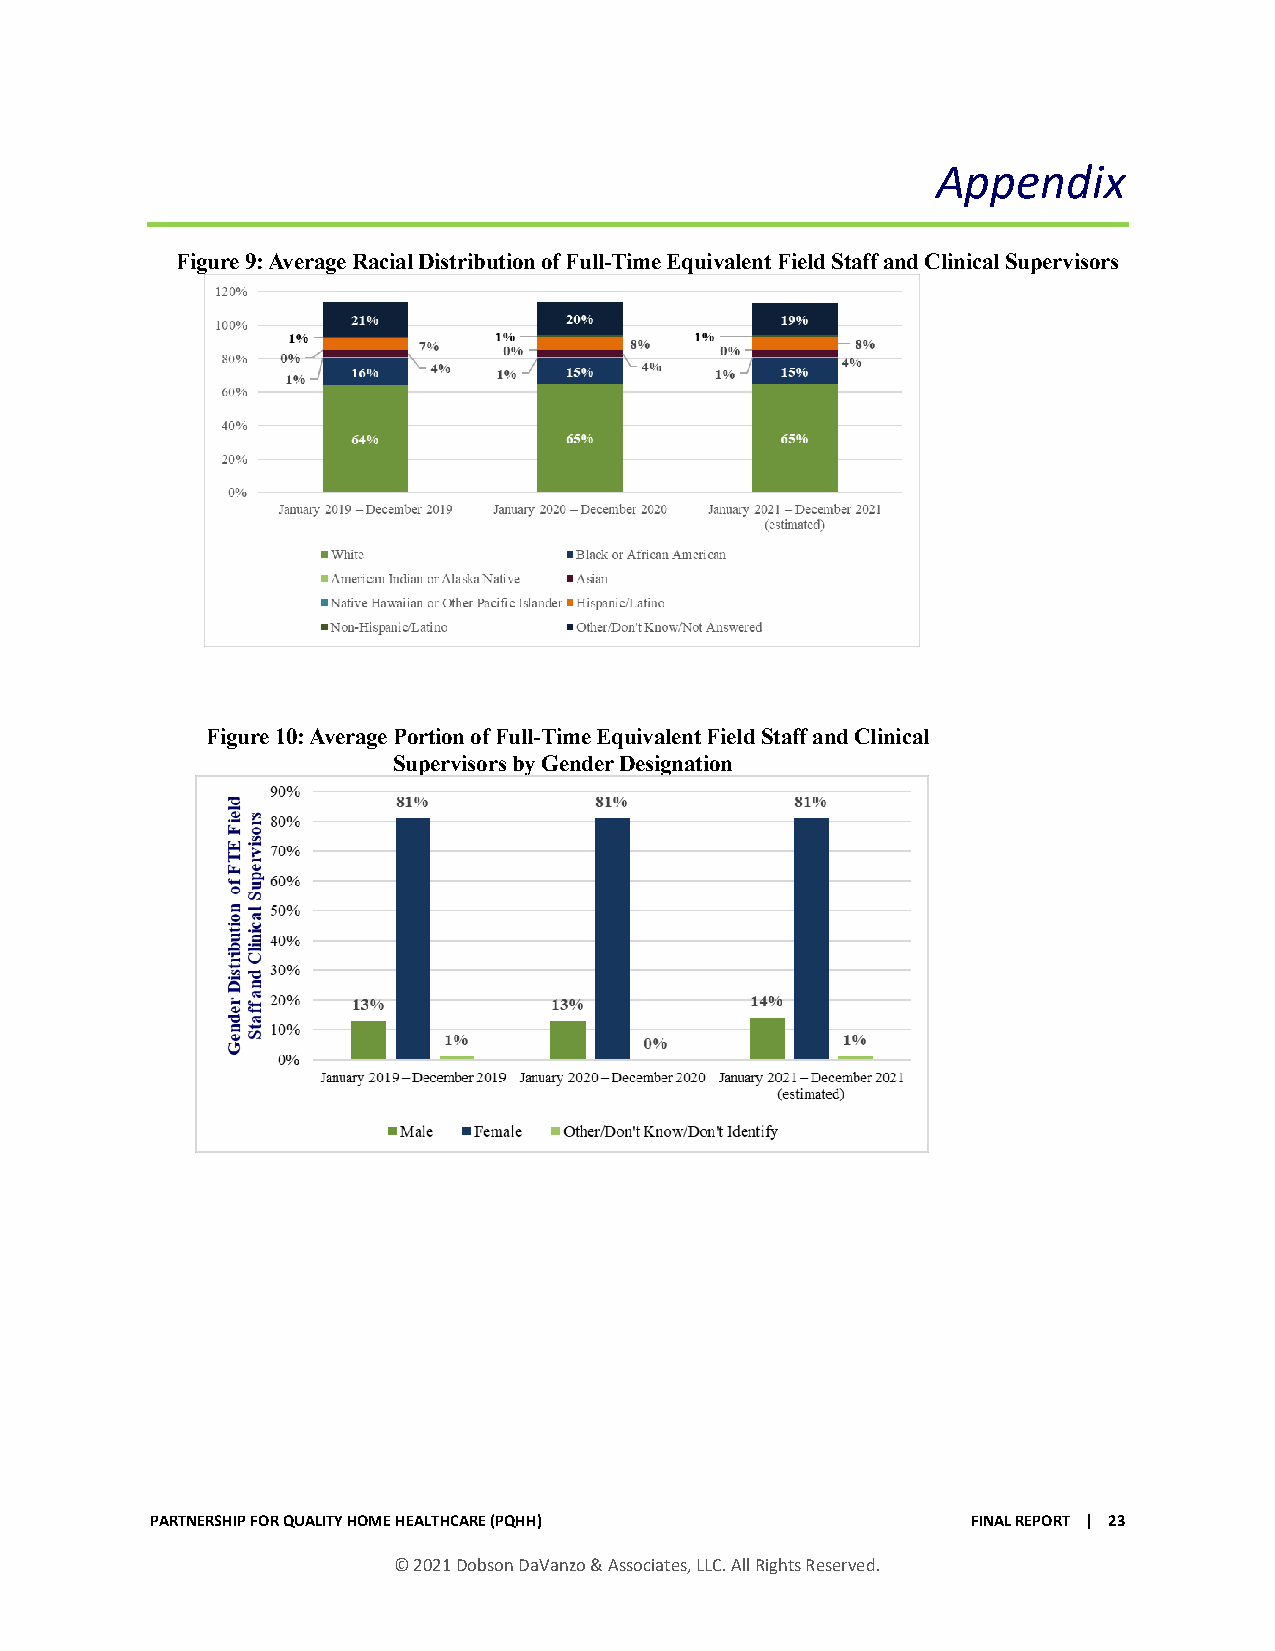
Appendix
 Figure 9: Average Racial Distribution of Full-Time Equivalent Field Staff and Clinical Supervisors
 Figure 10: Average Portion of Full-Time Equivalent Field Staff and Clinical
 Supervisors by Gender Designation
 PARTNERSHIP FOR QUALITY HOME HEALTHCARE (PQHH)        FINAL REPORT | 23
 © 2021 Dobson DaVanzo & Associates, LLC. All Rights Reserved.